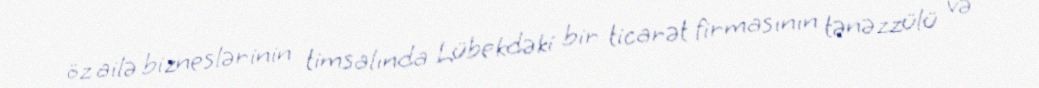
öz ailə bizneslərinin timsalında Lübekdəki bir ticarət firmasının tənəzzülü və